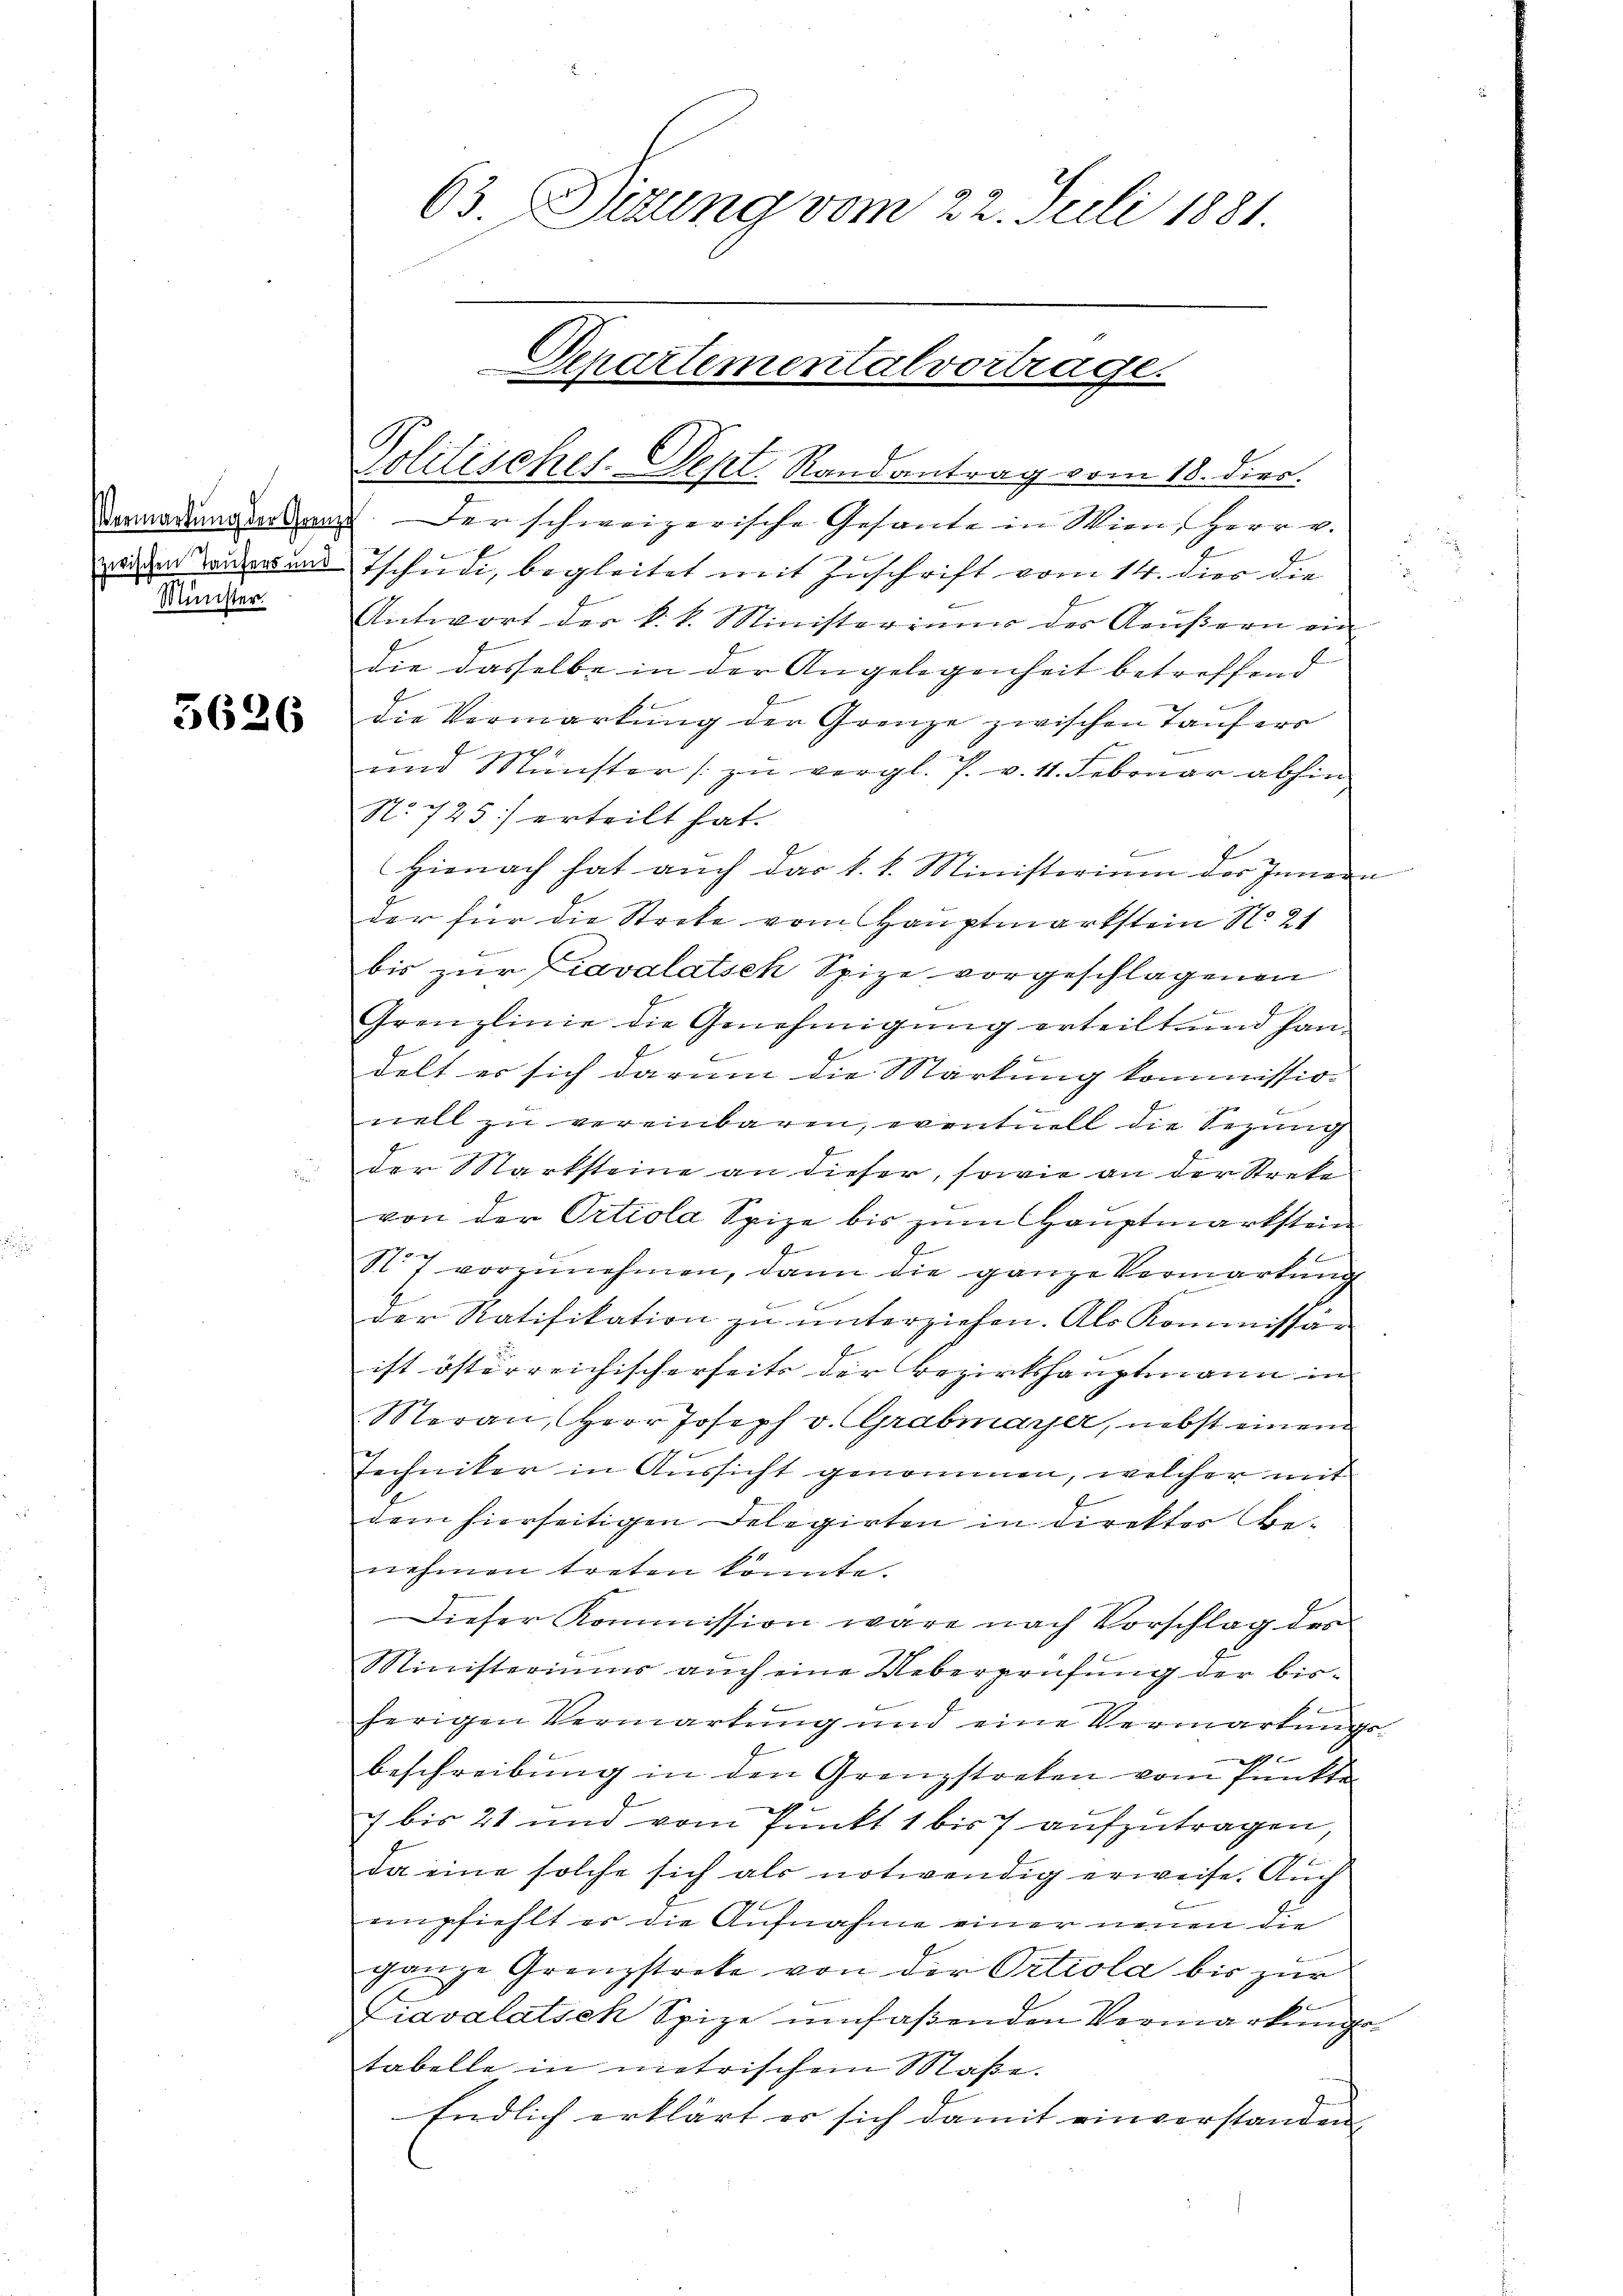
Minister.

5626

Politisches. Sept. Randantrag vom 18. dies.
Vorwartungsarten. Der schweizerische Gesante in Wien, Herr v.
weiden Widers und Tschudi, begleitet mit Zuschrift vom 14. dies die
Antwort der k. k. Ministeriums des Aeŭβern ein
die dasselbe in der Angelegenheit betreffend
die Vormarkung der Grenze zwischen Taufers
und Münster zŭ vergl. P. v. 11. Februar abhin
No 725) erteilt hat.
Hienach hat auch das k. k. Ministerium des Innern
der für die Strete vom Hauptmarkstein No 21
bis zur Cavalatsek Spize vorgeschlagenen
Grenzlinie die Genehmigung erteilt und han
E
1.
delt es sich darum die Markung kommissio¬
E
nell zu vereinbaren, eventuell die Sezung
der Marksteine an dieser, sowie an der Streke
von der Ortiola Spize bis zum Hauptmarkstein
St.7 vorzunehmen, dann die ganze Vermarkung
der Ratifikation zŭ ŭnterziehen. Als Kommissär
ist österreichischerseits der Bezirkshauptmann in
Meran, Herr Joseph v. Grabmarer, nebst einem
2
Techniker in Aussicht genommen, welcher mit
dem hierseitigen Delegirten in direkter Benehmen treten könnte.
Dieser Kommission wäre nach Vorschlag des
Ministeriums auch eine Ueberprüfŭng der bis-
.
herigen Vermarkung und eine Verwartungs-
2
beschreibung in den Grenzstreten vom Punkte
7 bis 21 und vom Punkt 1 bis 7 aufzutragen,

da eine solche sich als notwendig erweise. Auch
empfiehlt er die Aufnahme einer neuen die
ganze Grenzstrete von der Ortiola bis zur
Liavalatsch Spize umfaßenden Vermarkungstabelle in metrischem Maße.
Endlich erklärt er sich damit einverstanden,

63. Dizung vom 22. Juli 1881

Departementalvortrage.